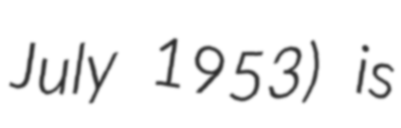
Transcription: July 1953) is